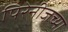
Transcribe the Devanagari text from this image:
पिरेनीजच्या